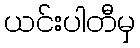
ယင်းပါတီမှ